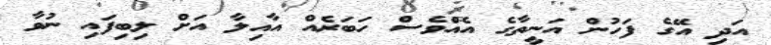
އަދި އޭގެ ފަހުން އަނީތާގެ އެއްވެސް ހަބަރެއް އާއިލާ އަށް ލިބިފައި ނުވާ